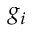
g _ { i }